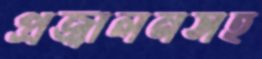
প্রজ্বালনসহ